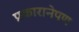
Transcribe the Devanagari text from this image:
प्रकारानेपण